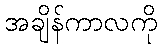
အချိန်ကာလကို